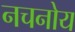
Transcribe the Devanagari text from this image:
नचनोय